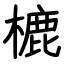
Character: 樚